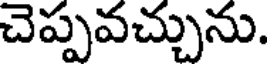
చెప్పవచ్చును.